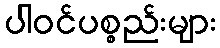
ပါဝင်ပစ္စည်းများ